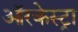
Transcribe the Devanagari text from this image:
ऑरकेस्ट्रा